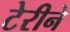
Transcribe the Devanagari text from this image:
टेरीने